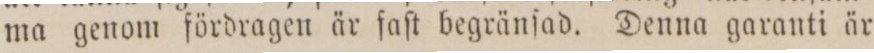
ma genom fördragen är faſt begränſad. Denna garanti är